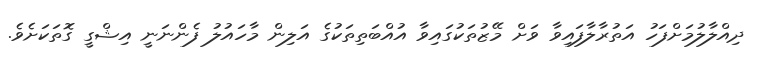
ދިއްލާލުމަށްފަހު އަތުރާލާފައިވާ ވަށް މޭޒުތަކުގައިވާ އުއްބަތިތަކުގެ އަލިން މާހައުލު ފެންނަނީ އިޝްގީ ގޮތަކަށެވެ.